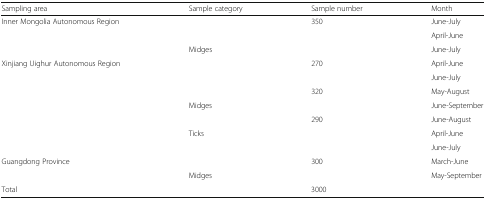
<table><thead><tr><td><b>Sampling area</b></td><td><b>Sample category</b></td><td><b>Sample number</b></td><td><b>Month</b></td></tr></thead><tbody><tr><td rowspan="3">Inner Mongolia Autonomous Region</td><td>[EMPTY_CELL]</td><td>350</td><td>June-July</td></tr><tr><td>[EMPTY_CELL]</td><td>[EMPTY_CELL]</td><td>April-June</td></tr><tr><td>Midges</td><td>[EMPTY_CELL]</td><td>June-July</td></tr><tr><td rowspan="2">Xinjiang Uighur Autonomous Region</td><td>[EMPTY_CELL]</td><td>270</td><td>April-June</td></tr><tr><td>[EMPTY_CELL]</td><td>[EMPTY_CELL]</td><td>June-July</td></tr><tr><td rowspan="2">[EMPTY_CELL]</td><td>[EMPTY_CELL]</td><td>320</td><td>May-August</td></tr><tr><td>Midges</td><td>[EMPTY_CELL]</td><td>June-September</td></tr><tr><td rowspan="3">[EMPTY_CELL]</td><td>[EMPTY_CELL]</td><td>290</td><td>June-August</td></tr><tr><td>Ticks</td><td>[EMPTY_CELL]</td><td>April-June</td></tr><tr><td>[EMPTY_CELL]</td><td>[EMPTY_CELL]</td><td>June-July</td></tr><tr><td rowspan="2">Guangdong Province</td><td>[EMPTY_CELL]</td><td>300</td><td>March-June</td></tr><tr><td>Midges</td><td>[EMPTY_CELL]</td><td>May-September</td></tr><tr><td>Total</td><td>[EMPTY_CELL]</td><td>3000</td><td>[EMPTY_CELL]</td></tr></tbody></table>